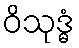
ဝိသုဒ္ဓံ